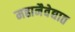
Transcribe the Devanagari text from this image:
महानैवेद्यात